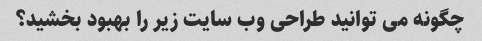
چگونه می توانید طراحی وب سایت زیر را بهبود بخشید؟